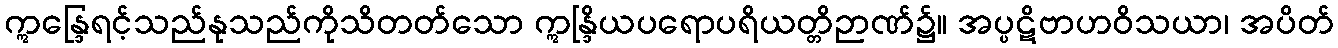
ဣန္ဒြေရင့်သည်နုသည်ကိုသိတတ်သော ဣန္ဒြိယပရောပရိယတ္တိဉာဏ်၌။ အပ္ပဋိဗာဟဝိသယာ၊ အပိတ်